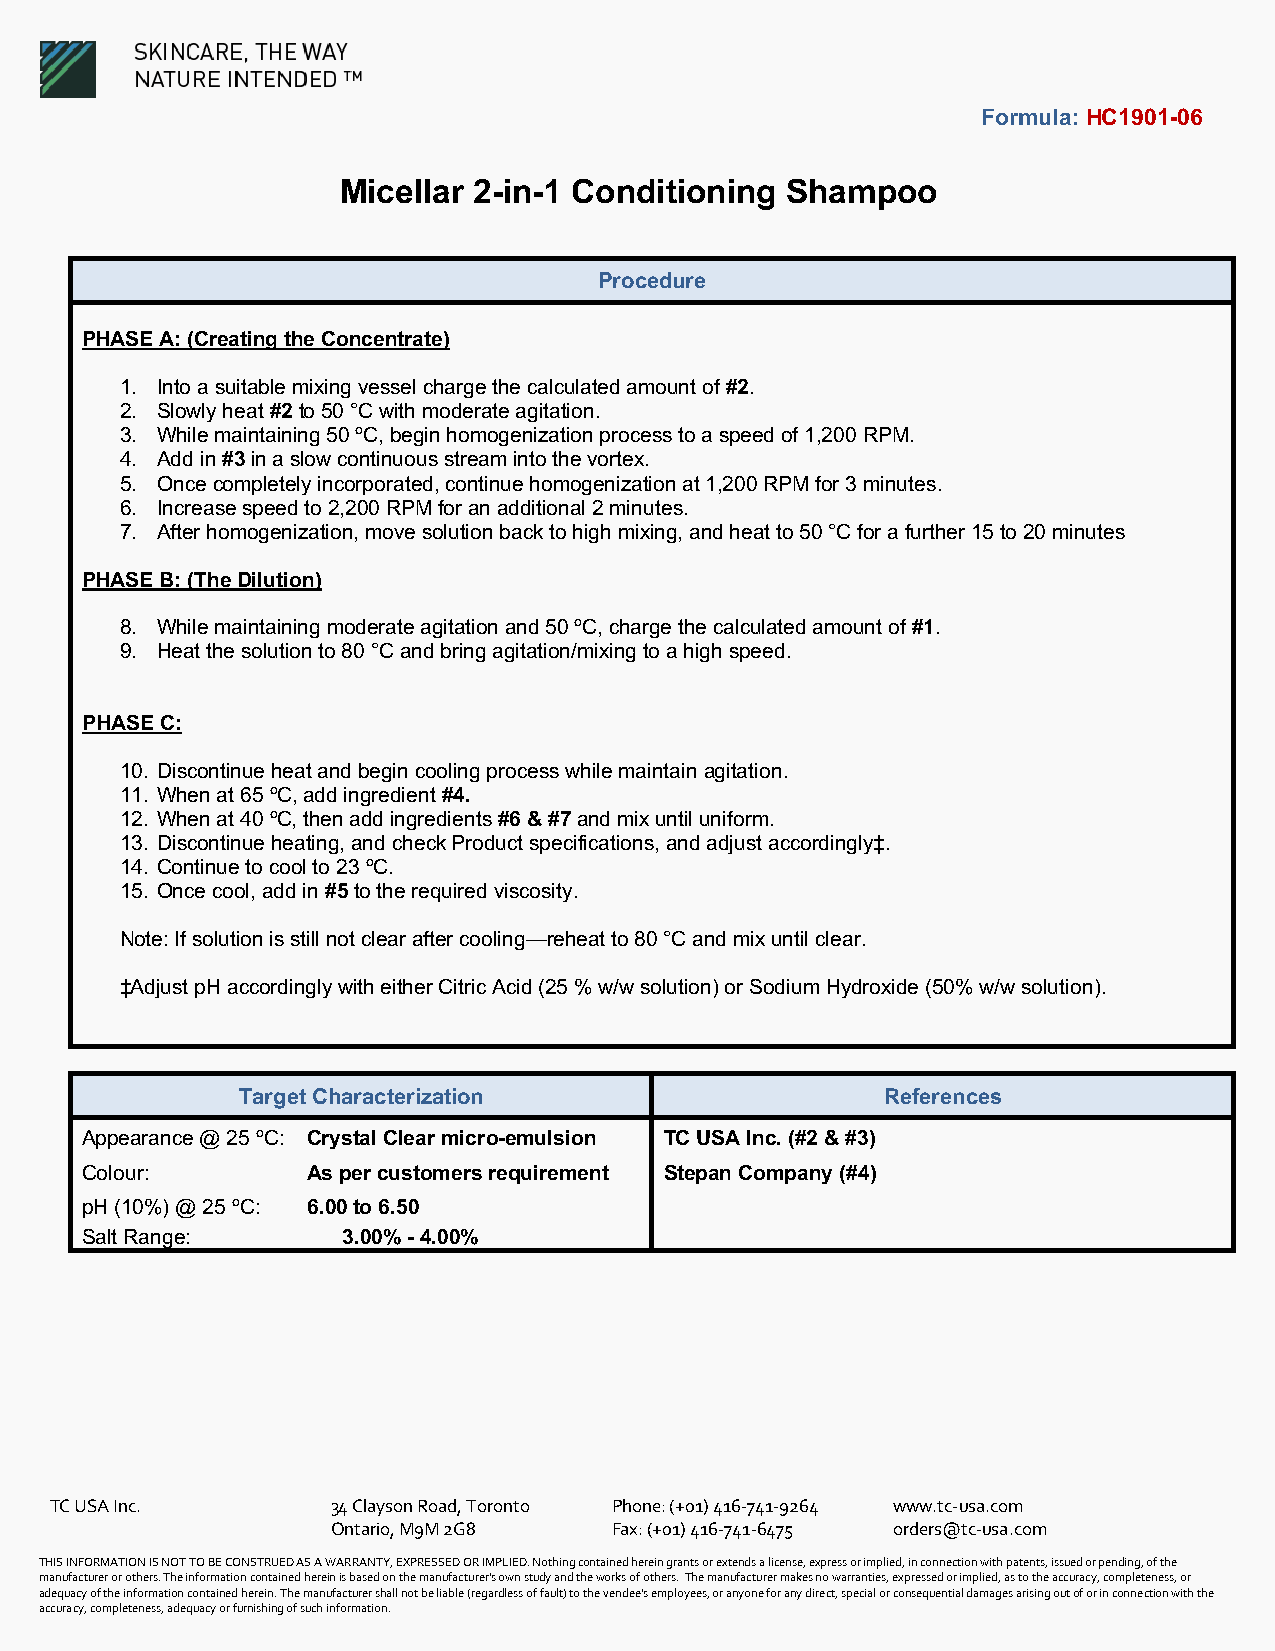
Formula: HC1901-06
 Micellar 2-in-1 Conditioning  Shampoo
 Procedure
 PHASE A: (Creating the Concentrate)
 1. Into a suitable mixing vessel charge the calculated amount of #2.
 2. Slowly heat #2 to 50 °C with moderate agitation.
 3. While maintaining 50 ºC, begin homogenization process to a speed of 1,200 RPM.
 4. Add in #3 in a slow continuous stream into the vortex.
 5. Once completely incorporated, continue homogenization at 1,200 RPM for 3 minutes.
 6. Increase speed to 2,200 RPM for an additional 2 minutes.
 7. After homogenization, move solution back to high mixing, and heat to 50 °C for a further 15 to 20 minutes
 PHASE B: (The Dilution)
 8. While maintaining moderate agitation and 50 ºC, charge the calculated amount of #1.
 9. Heat the solution to 80 °C and bring agitation/mixing to a high speed.
 PHASE C:
 10. Discontinue heat and begin cooling process while maintain agitation.
 11. When at 65 ºC, add ingredient #4.
 12. When at 40 ºC, then add ingredients #6 & #7 and mix until uniform.
 13. Discontinue heating, and check Product specifications, and adjust accordingly‡.
 14. Continue to cool to 23 ºC.
 15. Once cool, add in #5 to the required viscosity.
 Note: If solution is still not clear after cooling—reheat to 80 °C and mix until clear.
 ‡Adjust pH accordingly with either Citric Acid (25 % w/w solution) or Sodium Hydroxide (50% w/w solution).
 Target Characterization                    References
 Appearance @ 25 ºC: Crystal Clear micro-emulsion TC USA Inc. (#2 & #3)
 Colour:        As per customers requirement Stepan Company (#4)
 pH (10%) @ 25 ºC: 6.00 to 6.50
 Salt Range:       3.00% - 4.00%
 TC USA Inc.        34 Clayson Road, Toronto Phone: (+01) 416-741-9264 www.tc-usa.com
 Ontario, M9M 2G8  Fax: (+01) 416-741-6475 orders@tc-usa.com
 THIS INFORMATION IS NOT TO BE CONSTRUED AS A WARRANTY, EXPRESSED OR IMPLIED. Nothing contained herein grants or extends a license, express or implied, in connection with patents, issued or pending, of the
 manufacturer or others. The information contained herein is based on the manufacturer's own study and the works of others. The manufacturer makes no warranties, expressed or implied, as to the accuracy, completeness, or
 adequacy of the information contained herein. The manufacturer shall not be liable (regardless of fault) to the vendee's employees, or anyone for any direct, special or consequential damages arising out of or in connection with the
 accuracy, completeness, adequacy or furnishing of such information.